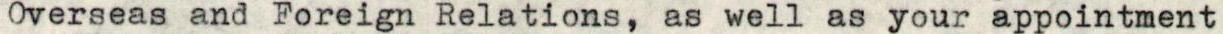
Overseas and Foreign Relations, as well as your appointment